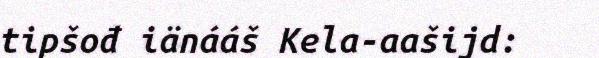
tipšođ iänááš Kela-aašijd: